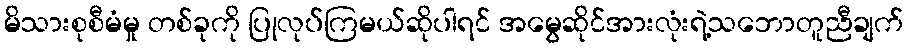
မိသားစုစီမံမှု တစ်ခုကို ပြုလုပ်ကြမယ်ဆိုပါရင် အမွေဆိုင်အားလုံးရဲ့သဘောတူညီချက်